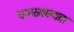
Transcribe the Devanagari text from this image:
घनास्रशल्यता